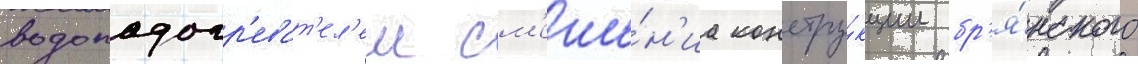
водоподогр'еват'ел'ем см'еше́н'иа констру́кции бр'я́нского